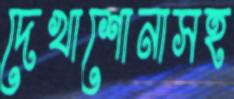
দেখাশোনাসহ